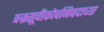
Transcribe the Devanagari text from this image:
वज्रसूचीकोपनिषदाच्या